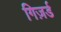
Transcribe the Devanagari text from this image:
गिज़र्ड